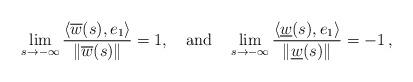
LaTeX: \begin{align*}\displaystyle\lim_{s\to -\infty}\frac{\langle\overline{w}(s), e_1\rangle}{\|\overline{w}(s)\|}=1,\quad\mbox{and}\quad\lim_{s\to -\infty}\frac{\langle\underline{w}(s), e_1\rangle}{\|\underline{w}(s)\|}=-1\,,\end{align*}